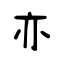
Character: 亦